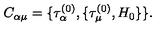
C _ { \alpha \mu } = \{ \tau _ { \alpha } ^ { ( 0 ) } , \{ \tau _ { \mu } ^ { ( 0 ) } , H _ { 0 } \} \} .